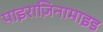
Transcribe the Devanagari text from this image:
पाइराज़िनामाइड